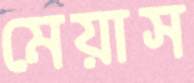
মেয়াস